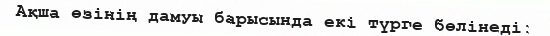
Ақша өзінің дамуы барысында екі түрге бөлінеді: